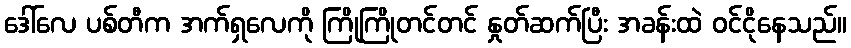
ဒေါ်လေ ပစ်တီက အက်ရှလေကို ကြိုကြိုတင်တင် နှုတ်ဆက်ပြီး အခန်းထဲ ဝင်ငိုနေသည်။